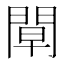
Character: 𨴝